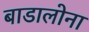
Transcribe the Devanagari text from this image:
बाडालोना